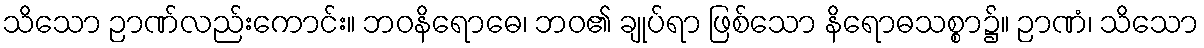
သိသော ဉာဏ်လည်းကောင်း။ ဘဝနိရောဓေ၊ ဘဝ၏ ချုပ်ရာ ဖြစ်သော နိရောဓသစ္စာ၌။ ဉာဏံ၊ သိသော